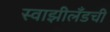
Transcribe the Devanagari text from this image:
स्वाझीलँडची